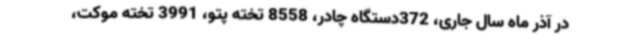
در آذر ماه سال جاری، 372دستگاه چادر، 8558 تخته پتو، 3991 تخته موکت،